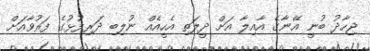
ޖިހާދު ބުނީ އޭނާގެ އާއިލާ އަށް ދީލަތި އެހީއެއް ނުލިބި ދަރިފުޅުގެ ފަރުވާއަށް